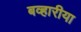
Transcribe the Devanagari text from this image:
बव्हारीया